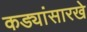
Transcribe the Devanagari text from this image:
कड्यांसारखे